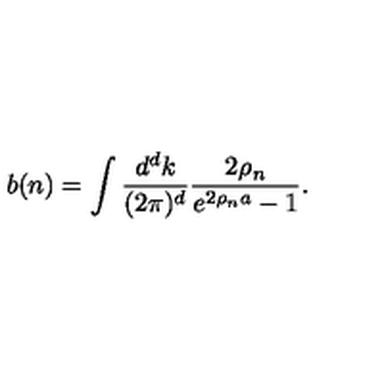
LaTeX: b ( n ) = \int { \frac { d ^ { d } k } { ( 2 \pi ) ^ { d } } } { \frac { 2 \rho _ { n } } { e ^ { 2 \rho _ { n } a } - 1 } } .